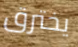
يخترق